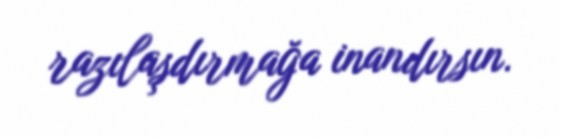
razılaşdırmağa inandırsın.